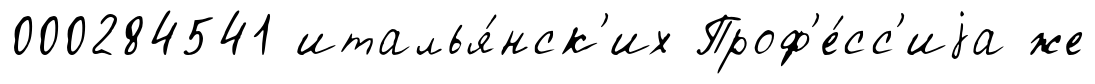
000284541 италья́нск'их Проф'е́сс'иjа же